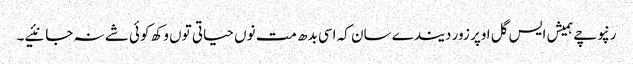
رنپوچے ہمیش ایس گل اوپر زور دیندے سان کہ اسی بدھ مت نوں حیاتی توں وکھ کوئی شے نہ جانئیے۔